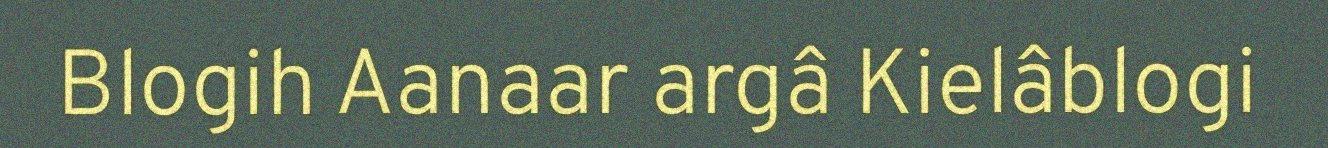
Blogih Aanaar argâ Kielâblogi